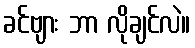
ခင်ဗျား ဘာ လိုချင်လဲ။